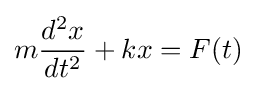
m{\frac {d^{2}x}{dt^{2}}}+kx=F(t)